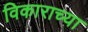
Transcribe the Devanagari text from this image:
विकाराच्या